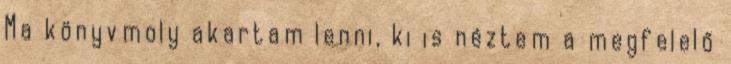
Ma könyvmoly akartam lenni, ki is néztem a megfelelő